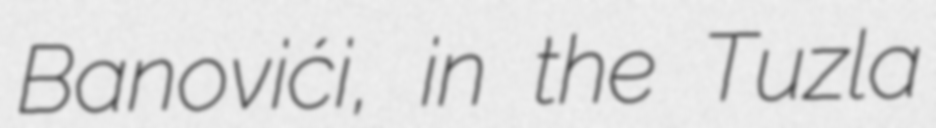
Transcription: Banovići, in the Tuzla